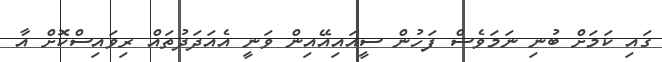
ގައި ކަމަށް ބުނި ނަމަވެސް ފަހުން ސީއައިއޭއިން ވަނީ އެއަދަދުތައް ރިވައިސްކޮށް އާ